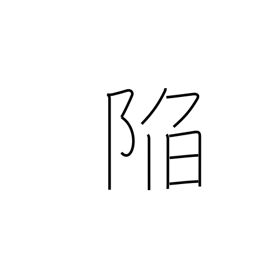
Meaning: slide into